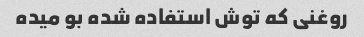
روغنی که توش استفاده شده بو میده